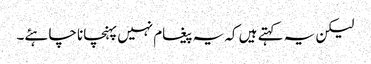
لیکن یہ کہتے ہیں کہ یہ پیغام نہیں پہنچانا چاہئے۔